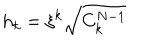
h _ { k } = \xi ^ { k } \sqrt { C _ { k } ^ { N - 1 } }